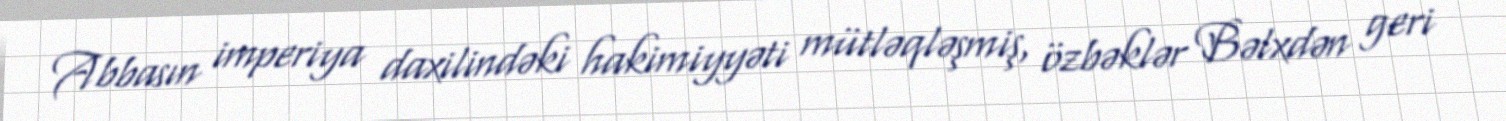
Abbasın imperiya daxilindəki hakimiyyəti mütləqləşmiş, özbəklər Bəlxdən geri